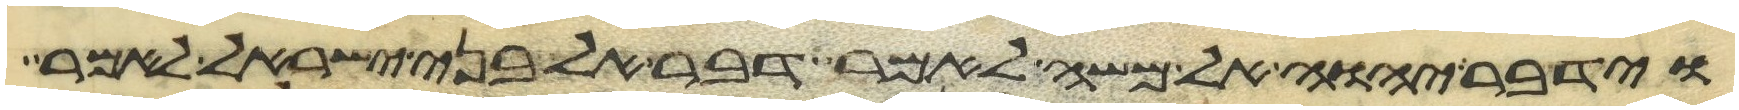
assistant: וידבר יהוה אל משה לאמר דבר אל בני ישראל לאמר